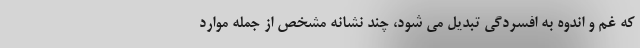
که غم و اندوه به افسردگی تبدیل می شود، چند نشانه مشخص از جمله موارد